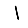
Digit: 1